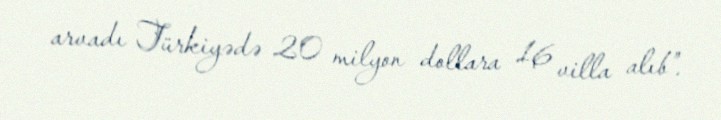
arvadı Türkiyədə 20 milyon dollara 16 villa alıb”.